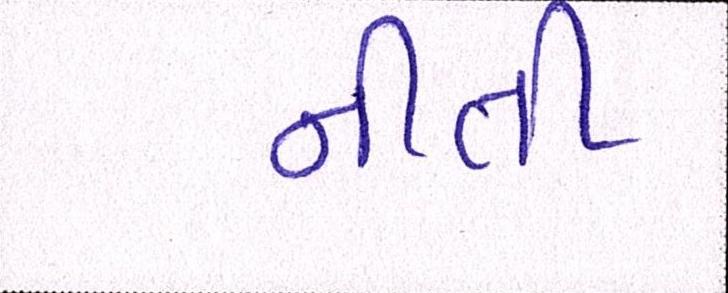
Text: નીતી